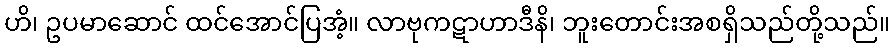
ဟိ၊ ဥပမာဆောင် ထင်အောင်ပြအံ့။ လာဗုကဋာဟာဒီနိ၊ ဘူးတောင်းအစရှိသည်တို့သည်။